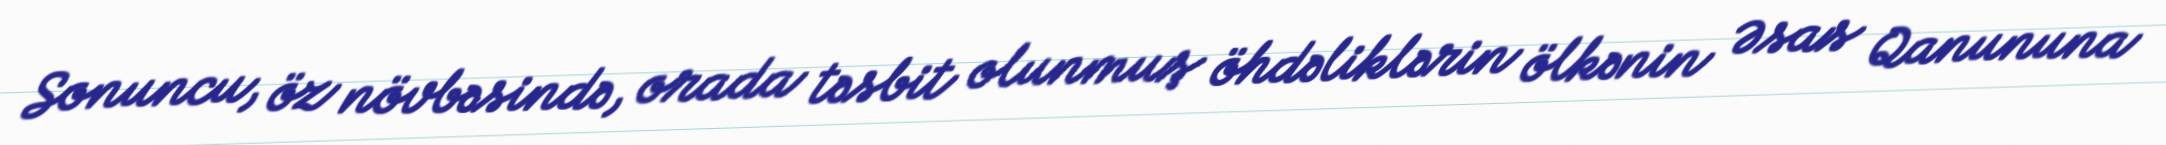
Sonuncu, öz növbəsində, orada təsbit olunmuş öhdəliklərin ölkənin Əsas Qanununa